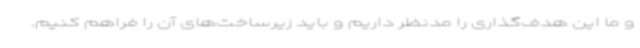
و ما این هدف‌گذاری را مدنظر داریم و باید زیرساخت‌های آن را فراهم کنیم.